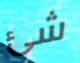
شئ